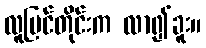
လူမြင်တိုင်းက လာ၍ခူး။